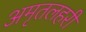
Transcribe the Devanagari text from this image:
अमृतलहरी